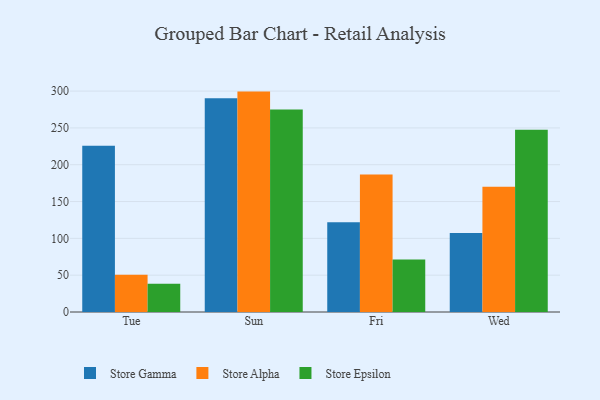
{"axis": {"x": "Day", "y": "Bounce Rate (%)"}, "legend": ["Store Alpha", "Store Epsilon", "Store Gamma"], "data": [{"x": "Tue", "y": 225.8, "type": "Store Gamma"}, {"x": "Tue", "y": 50.6, "type": "Store Alpha"}, {"x": "Tue", "y": 38.2, "type": "Store Epsilon"}, {"x": "Sun", "y": 290.1, "type": "Store Gamma"}, {"x": "Sun", "y": 299.3, "type": "Store Alpha"}, {"x": "Sun", "y": 274.9, "type": "Store Epsilon"}, {"x": "Fri", "y": 121.9, "type": "Store Gamma"}, {"x": "Fri", "y": 186.7, "type": "Store Alpha"}, {"x": "Fri", "y": 71.3, "type": "Store Epsilon"}, {"x": "Wed", "y": 107.2, "type": "Store Gamma"}, {"x": "Wed", "y": 170.1, "type": "Store Alpha"}, {"x": "Wed", "y": 247.5, "type": "Store Epsilon"}]}